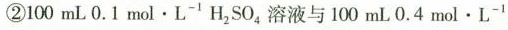
②l00mL 0.1mol·L-^{-1}H^{2}SO^{4}溶液与100mL0.4mol·L^{-1}